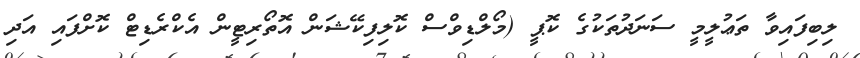
ލިބިފައިވާ ތަޢުލީމީ ސަނަދުތަކުގެ ކޮޕީ (މޯލްޑިވްސް ކޮލިފިކޭޝަން އޮތޯރިޓީން އެކްރެޑިޓް ކޮށްފައި އަދި